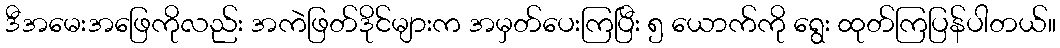
ဒီအမေးအဖြေကိုလည်း အကဲဖြတ်ဒိုင်များက အမှတ်ပေးကြပြီး ၅ ယောက်ကို ရွေး ထုတ်ကြပြန်ပါတယ်။